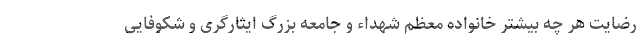
رضایت هر چه بیشتر خانواده معظم شهداء و جامعه بزرگ ایثارگری و شکوفایی